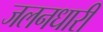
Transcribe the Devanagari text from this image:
जलनधारी